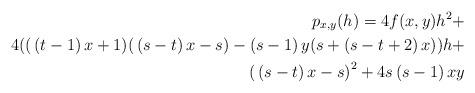
LaTeX: \begin{align*}p_{x,y}(h)=4f(x,y)h^{2}+ \\4\allowbreak {\large ((}\left( t-1\right) x+1{\large )(}\left( s-t\right) x-s{\large )}-\left( s-1\right) y{\large (}s+\left( s-t+2\right) x{\large ))}h+ \\{\large (}\left( s-t\right) x-s{\large )}^{2}+\allowbreak 4s\left(s-1\right) xy \end{align*}